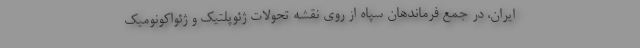
ایران، در جمع فرماندهان سپاه از روی نقشه تحولات ژئوپلتیک و ژئواکونومیک